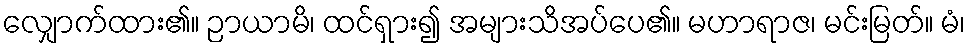
လျှောက်ထား၏။ ဉာယာမိ၊ ထင်ရှား၍ အများသိအပ်ပေ၏။ မဟာရာဇ၊ မင်းမြတ်။ မံ၊